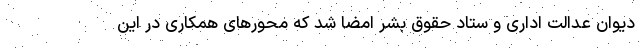
دیوان عدالت اداری و ستاد حقوق بشر امضا شد که محورهای همکاری در این